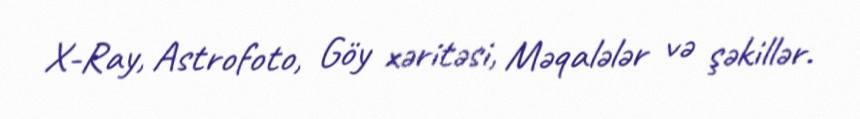
X-Ray, Astrofoto, Göy xəritəsi, Məqalələr və şəkillər.